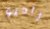
راديو